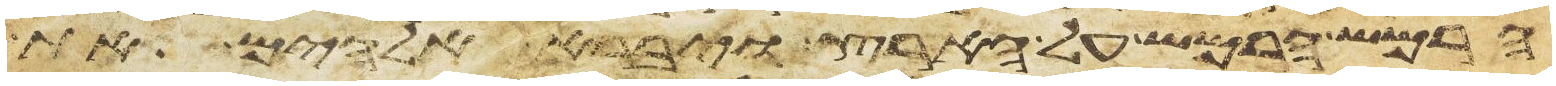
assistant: הרמש הרמש על הארץ ויברא אלהים את